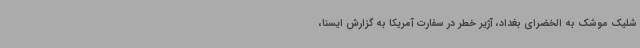
شلیک موشک به الخضرای بغداد، آژیر خطر در سفارت آمریکا به گزارش ایسنا،